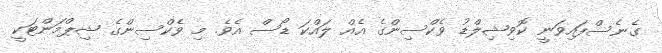
ގެނެސްފައިވަނީ ކޮވިޝިލްޑު ވެކްސިންގެ އެއް ލައްކަ ޑޯސް އެވެ. މި ވެކްސިންގެ ޝިޕްމަންޓަކީ